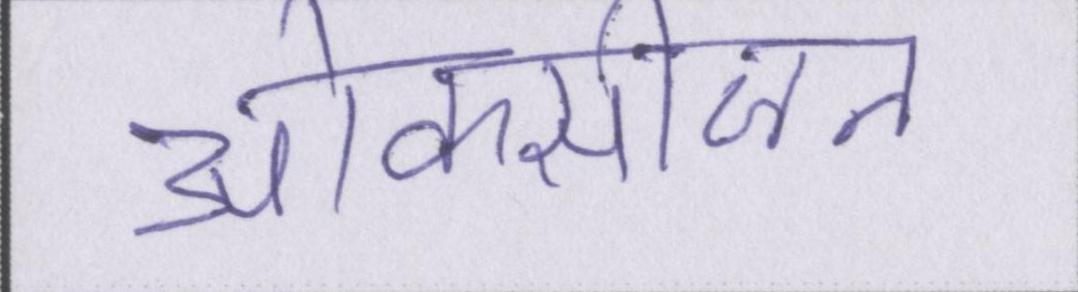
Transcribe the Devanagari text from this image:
ओक्सीजन